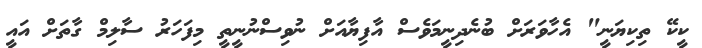
ކީކޭ ތިކިޔަނީ" އެހާވަރަށް ބުނެދިނީމަވެސް އާފިޔާއަށް ނުވިސްނުނީތީ މިފަހަރު ސާލިމް ގާތަށް އައީ